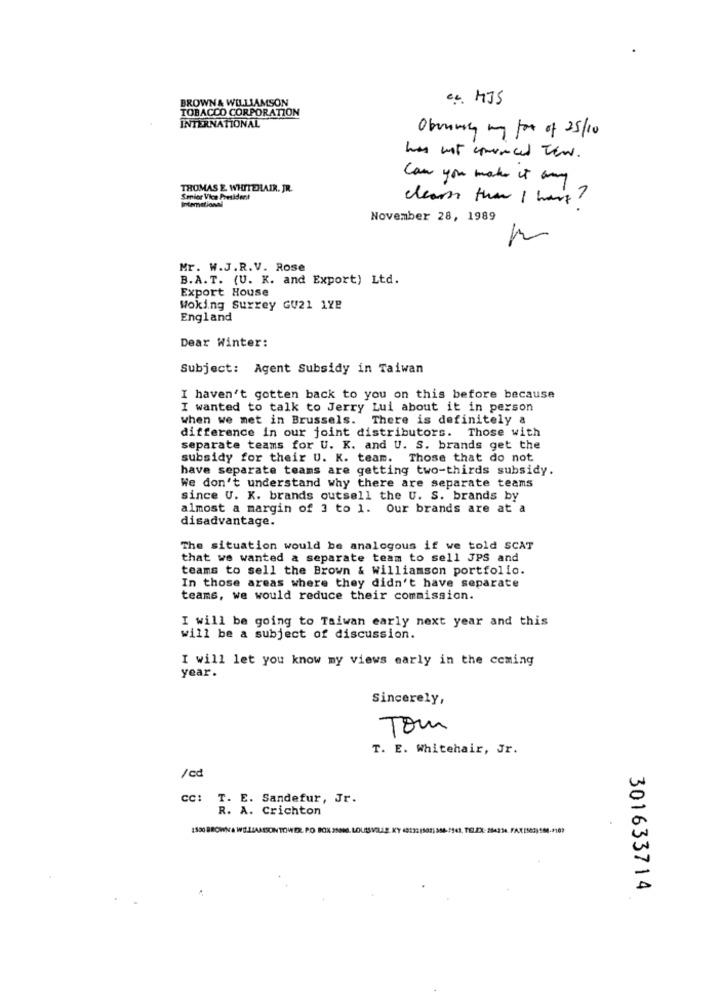
BROWN & WILLIAMSON
c.c. HJS
TOBACCO CORPORATION
INTERNATIONAL
Obennicy my for of 25/10
has not conunced Tew.
Can you make it any
THOMAS E. WHITEHAIR. JR.
International
Senior Vice President
clear that I have?
November 28, 1989
Mr. W.J.R.V. Rose
B.A. T. (U. K. and Export) Ltd.
Export House
Woking Surrey GU21 112
England
Dear Winter:
Subject: Agent Subsidy in Taiwan
I haven't gotten back to you on this before because
I wanted to talk to Jerry Lui about it in person
when we met in Brussels. There is definitely a
difference in our joint distributors. Those with
separate teams for U. K. and U. S. brands get the
subsidy for their U. K. team. Those that do not
have separate teams are getting two-thirds subsidy.
We don't understand why there are separate teams
since U. K. brands outsell the U. S. brands by
almost a margin of 3 to 1. Our brands are at a
disadvantage.
The situation would be analogous if we told SCAT
that we wanted a separate team to sell JPS and
teams to sell the Brown & williamson portfolio.
In those areas where they didn't have separate
teams, we would reduce their commission.
I will be going to Taiwan early next year and this
will be a subject of discussion.
I will let you know my views early in the coming
year.
Sincerely,
Tom
T. E. Whitehair, Jr.
/cd
CC:
T. E. Sandefur, Jr.
R. A. Crichton
301633714